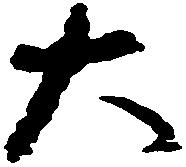
大